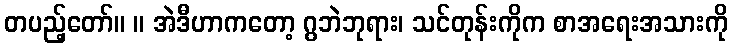
တပည့်တော်။ ။ အဲဒီဟာကတော့ ဂွဘဲဘုရား၊ သင်တုန်းကိုက စာအရေးအသားကို